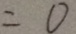
= 0